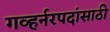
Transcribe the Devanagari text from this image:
गव्हर्नरपदांसाठी